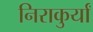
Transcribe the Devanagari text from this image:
निराकुर्यां